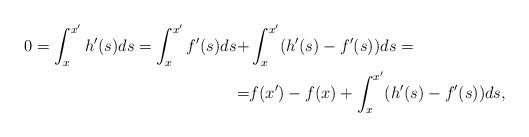
LaTeX: \begin{align*}0=\int_{x}^{x'}h'(s)ds=\int_{x}^{x'}f'(s)ds+&\int_{x}^{x'}(h'(s)-f'(s))ds=\\=&f(x')-f(x)+\int_{x}^{x'}(h'(s)-f'(s))ds,\end{align*}